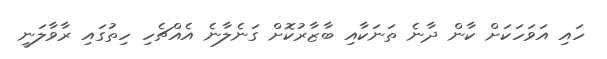
ހައި އަވަހަކަށް ކާން ދާނެ ތަނަކާއި ބާޒާރުކޮށް ގަނެލާނެ އެއްޗެހި ހިތުގައި ރާވާލަނީ